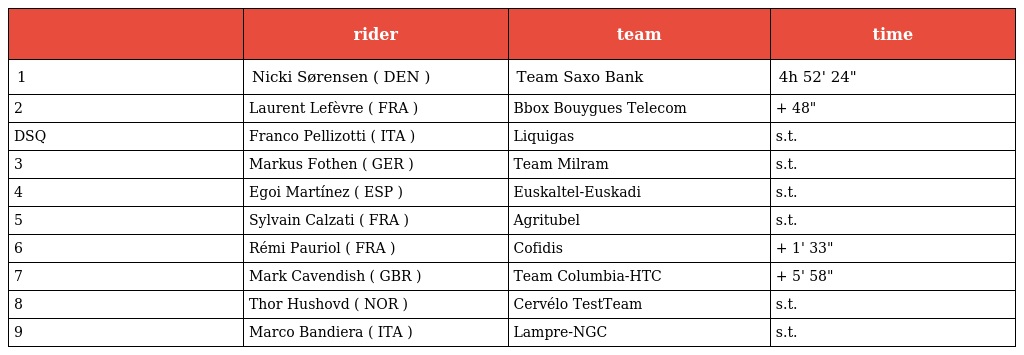
|  | rider | team | time |
 | --- | --- | --- | --- |
 | 1 | Nicki Sørensen ( DEN ) | Team Saxo Bank | 4h 52' 24" |
 | 2 | Laurent Lefèvre ( FRA ) | Bbox Bouygues Telecom | + 48" |
 | DSQ | Franco Pellizotti ( ITA ) | Liquigas | s.t. |
 | 3 | Markus Fothen ( GER ) | Team Milram | s.t. |
 | 4 | Egoi Martínez ( ESP ) | Euskaltel-Euskadi | s.t. |
 | 5 | Sylvain Calzati ( FRA ) | Agritubel | s.t. |
 | 6 | Rémi Pauriol ( FRA ) | Cofidis | + 1' 33" |
 | 7 | Mark Cavendish ( GBR ) | Team Columbia-HTC | + 5' 58" |
 | 8 | Thor Hushovd ( NOR ) | Cervélo TestTeam | s.t. |
 | 9 | Marco Bandiera ( ITA ) | Lampre-NGC | s.t. |